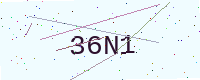
Text: 36N1